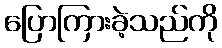
ပြောကြားခဲ့သည်ကို